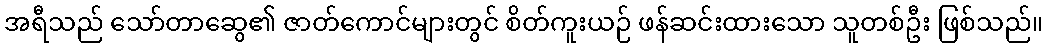
အရီသည် သော်တာဆွေ၏ ဇာတ်ကောင်များတွင် စိတ်ကူးယဉ် ဖန်ဆင်းထားသော သူတစ်ဦး ဖြစ်သည်။